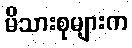
မိသားစုများက